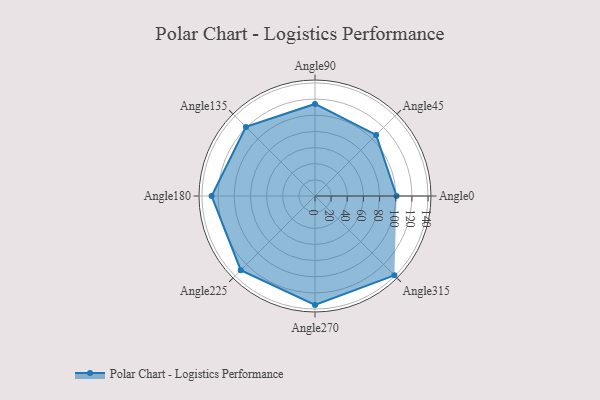
{"axis": {"x": "Angle", "y": "Radius"}, "legend": [""], "data": [{"x": "Angle0", "y": 101.0, "type": ""}, {"x": "Angle45", "y": 107.0, "type": ""}, {"x": "Angle90", "y": 114.0, "type": ""}, {"x": "Angle135", "y": 121.0, "type": ""}, {"x": "Angle180", "y": 128.0, "type": ""}, {"x": "Angle225", "y": 130.0, "type": ""}, {"x": "Angle270", "y": 135.0, "type": ""}, {"x": "Angle315", "y": 139.0, "type": ""}]}